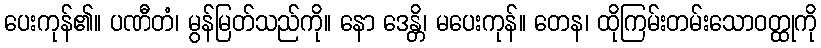
ပေးကုန်၏။ ပဏီတံ၊ မွန်မြတ်သည်ကို။ နော ဒေန္တိ၊ မပေးကုန်။ တေန၊ ထိုကြမ်းတမ်းသောဝတ္ထုကို